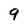
Character: 9